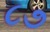
૮૭